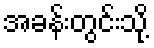
အခန်းတွင်းသို့